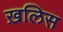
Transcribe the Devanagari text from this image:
ख़लिस